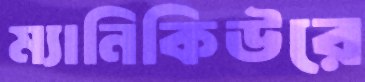
ম্যানিকিউরে